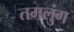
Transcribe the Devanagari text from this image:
तमलुंग